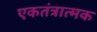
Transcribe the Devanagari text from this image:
एकतंत्रात्मक